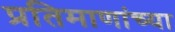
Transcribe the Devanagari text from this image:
प्रतिमाणांच्या